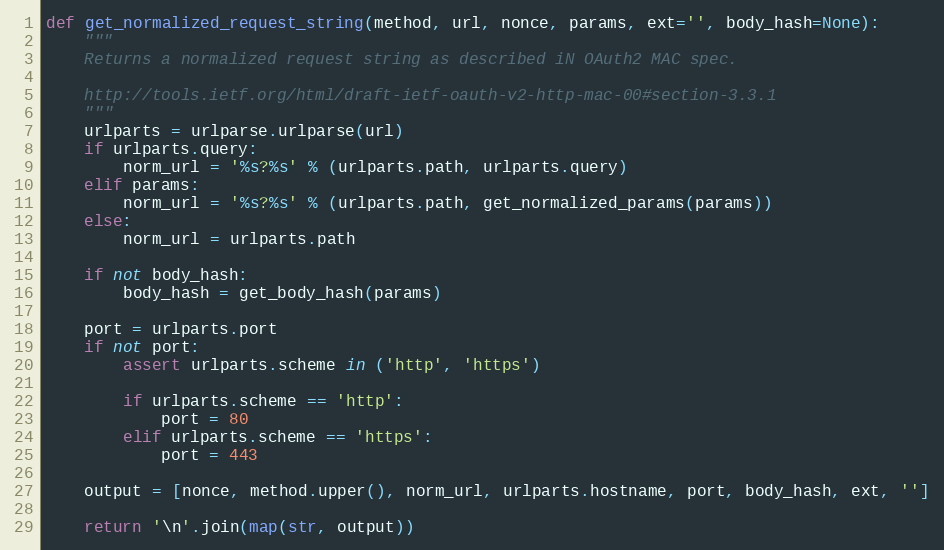
Language: Python
def get_normalized_request_string(method, url, nonce, params, ext='', body_hash=None):
    """
    Returns a normalized request string as described iN OAuth2 MAC spec.

    http://tools.ietf.org/html/draft-ietf-oauth-v2-http-mac-00#section-3.3.1
    """
    urlparts = urlparse.urlparse(url)
    if urlparts.query:
        norm_url = '%s?%s' % (urlparts.path, urlparts.query)
    elif params:
        norm_url = '%s?%s' % (urlparts.path, get_normalized_params(params))
    else:
        norm_url = urlparts.path

    if not body_hash:
        body_hash = get_body_hash(params)

    port = urlparts.port
    if not port:
        assert urlparts.scheme in ('http', 'https')

        if urlparts.scheme == 'http':
            port = 80
        elif urlparts.scheme == 'https':
            port = 443

    output = [nonce, method.upper(), norm_url, urlparts.hostname, port, body_hash, ext, '']

    return '\n'.join(map(str, output))